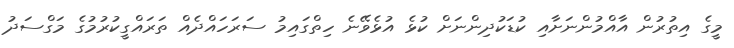
މީގެ އިތުރުން އާއްމުންނަށާއި ކުޑަކުދިންނަށް ކުޅެ އުޅެވޭނެ ހިތްގައިމު ސަރަހައްދެއް ތަރައްގީކުރުމުގެ މަގްސަދު